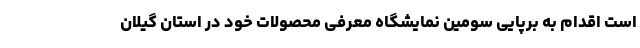
است اقدام به برپایی سومین نمایشگاه معرفی محصولات خود در استان گیلان